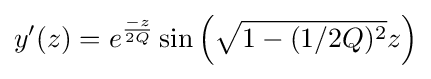
y'(z)=e^{\frac {-z}{2Q}}\sin {\left({\sqrt {1-(1/2Q)^{2}}}z\right)}